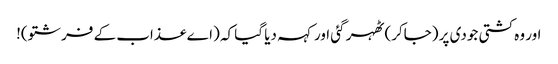
اور وہ کشتی جودی پر (جاکر) ٹھہر گئی اور کہہ دیا گیا کہ (اے عذاب کے فرشتو)!